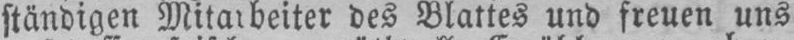
ständigen Mitarbeiter des Blattes und freuen uns